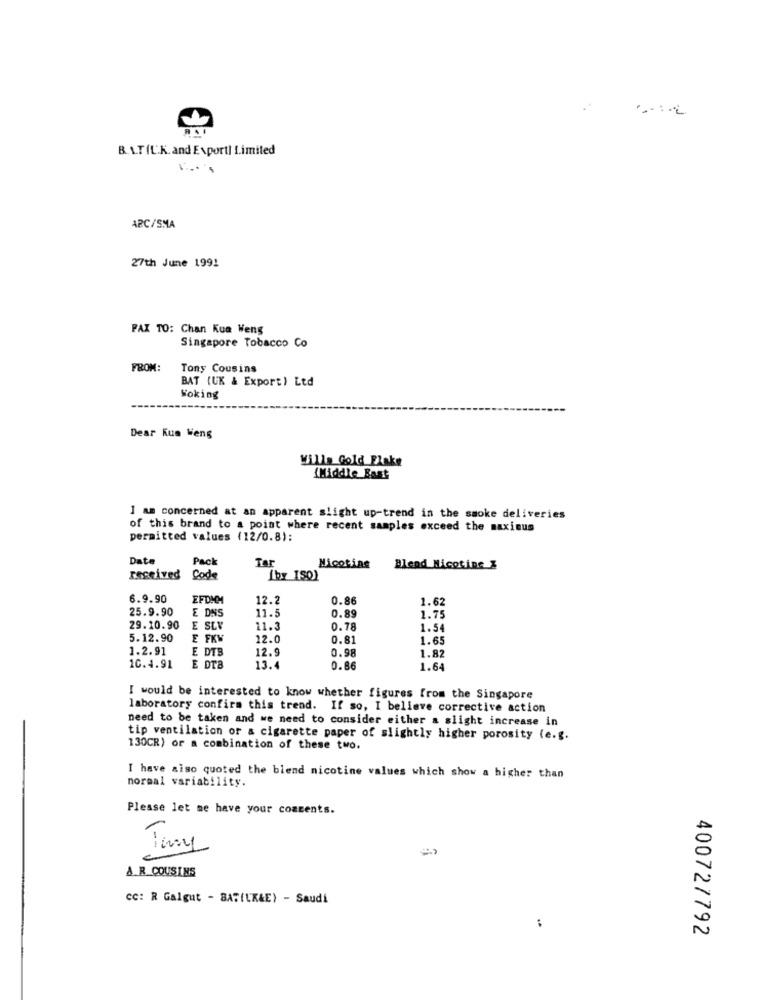
B.I.T(L.K. and Exportl Limited
ARC/SMA
27th June 1991
FAX TO: Chan Kua Weng
Singapore Tobacco Co
FROM:
Tony Cousins
BAT (UK & Export) Ltd
Woking
Dear Kus Weng
Wills Gold Flake
(Middle East
I am concerned at an apparent slight up-trend in the smoke deliveries
of this brand to a point where recent samples exceed the maxisus
permitted values (12/0.8):
Date
Pack
Tar
Nicotine
Blend Nicotine Z
received
Code
İby IS0)
6.9.90
EFDMM
12.2
0.86
1.62
25.9.90
E DNS
11.
0.89
1.75
29.10.90
E SLY
11.3
0.7
1.54
5.12.90
E FKM
12.0
0.81
1.65
1.2.91
E DTB
12.9
0.98
1.82
10.4.91
E DTB
13.4
0.86
1.64
I would be interested to know whether figures from the Singapore
laboratory confirm this trend. If so, I believe corrective action
need to be taken and we need to consider either a slight increase in
tip ventilation or a cigarette paper of slightly higher porosity (e.g.
130CR) or a combination of these two.
I have aiso quoted the blend nicotine values which show a higher than
normal variability.
Please let me have your comments.
A.R. COUSINS
CC: R Galgut - BAT(LK&E) - Saudi
:
40072/792